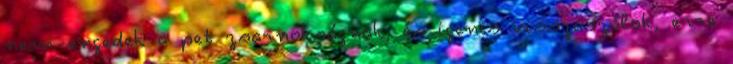
nem engedek a pet zsarnokságnak, és igenis visszaszólok, erre